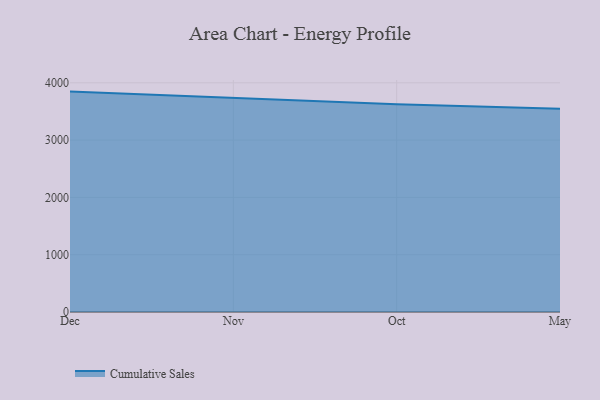
{"axis": {"x": "Month", "y": "Population (Million)"}, "legend": ["Cumulative Sales"], "data": [{"x": "Dec", "y": 3846.8, "type": "Cumulative Sales"}, {"x": "Nov", "y": 3734.2, "type": "Cumulative Sales"}, {"x": "Oct", "y": 3626.6, "type": "Cumulative Sales"}, {"x": "May", "y": 3548.8, "type": "Cumulative Sales"}]}